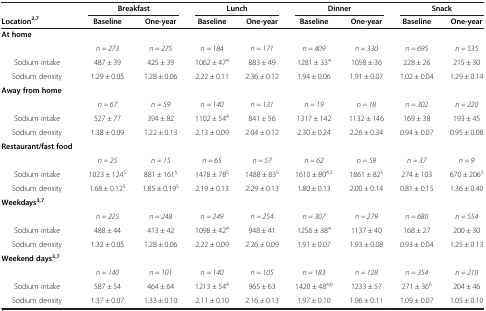
<table><thead><tr><td><b> </b></td><td colspan="2"><b>Breakfast</b></td><td colspan="2"><b>Lunch</b></td><td colspan="2"><b>Dinner</b></td><td colspan="2"><b>Snack</b></td></tr><tr><td><b>Location<sup>2,7</sup></b></td><td><b>Baseline</b></td><td><b>One-year</b></td><td><b>Baseline</b></td><td><b>One-year</b></td><td><b>Baseline</b></td><td><b>One-year</b></td><td><b>Baseline</b></td><td><b>One-year</b></td></tr></thead><tbody><tr><td><b>At home</b></td><td> </td><td> </td><td> </td><td> </td><td> </td><td> </td><td> </td><td> </td></tr><tr><td> </td><td><i>n = 273</i></td><td><i>n = 275</i></td><td><i>n = 184</i></td><td><i>n = 171</i></td><td><i>n = 409</i></td><td><i>n = 330</i></td><td><i>n = 695</i></td><td><i>n = 535</i></td></tr><tr><td>Sodium intake</td><td>487 ± 39</td><td>425 ± 39</td><td>1062 ± 47<sup>4</sup></td><td>883 ± 49</td><td>1281 ± 33<sup>4</sup></td><td>1058 ± 36</td><td>228 ± 26</td><td>215 ± 30</td></tr><tr><td>Sodium density</td><td>1.29 ± 0.05</td><td>1.28 ± 0.06</td><td>2.22 ± 0.11</td><td>2.36 ± 0.12</td><td>1.94 ± 0.06</td><td>1.91 ± 0.07</td><td>1.02 ± 0.04</td><td>1.29 ± 0.14</td></tr><tr><td><b>Away from home</b></td><td> </td><td> </td><td> </td><td> </td><td> </td><td> </td><td> </td><td> </td></tr><tr><td> </td><td><i>n = 67</i></td><td><i>n = 59</i></td><td><i>n = 140</i></td><td><i>n = 131</i></td><td><i>n = 19</i></td><td><i>n = 18</i></td><td><i>n = 302</i></td><td><i>n = 220</i></td></tr><tr><td>Sodium intake</td><td>527 ± 77</td><td>394 ± 82</td><td>1102 ± 54<sup>4</sup></td><td>841 ± 56</td><td>1317 ± 142</td><td>1132 ± 146</td><td>169 ± 38</td><td>193 ± 45</td></tr><tr><td>Sodium density</td><td>1.38 ± 0.09</td><td>1.22 ± 0.13</td><td>2.13 ± 0.09</td><td>2.04 ± 0.12</td><td>2.30 ± 0.24</td><td>2.26 ± 0.34</td><td>0.94 ± 0.07</td><td>0.95 ± 0.08</td></tr><tr><td><b>Restaurant/fast food</b></td><td> </td><td> </td><td> </td><td> </td><td> </td><td> </td><td> </td><td> </td></tr><tr><td> </td><td><i>n = 25</i></td><td><i>n = 15</i></td><td><i>n = 65</i></td><td><i>n = 57</i></td><td><i>n = 62</i></td><td><i>n = 59</i></td><td><i>n = 37</i></td><td><i>n = 9</i></td></tr><tr><td>Sodium intake</td><td>1023 ± 124<sup>5</sup></td><td>881 ± 161<sup>5</sup></td><td>1478 ± 78<sup>5</sup></td><td>1488 ± 83<sup>5</sup></td><td>1610 ± 80<sup>4,5</sup></td><td>1861 ± 82<sup>5</sup></td><td>274 ± 103</td><td>670 ± 206<sup>5</sup></td></tr><tr><td>Sodium density</td><td>1.68 ± 0.12<sup>5</sup></td><td>1.85 ± 0.19<sup>5</sup></td><td>2.19 ± 0.13</td><td>2.29 ± 0.13</td><td>1.80 ± 0.13</td><td>2.00 ± 0.14</td><td>0.81 ± 0.15</td><td>1.36 ± 0.40</td></tr><tr><td><b>Weekdays</b><sup><b>3,7</b></sup></td><td> </td><td> </td><td> </td><td> </td><td> </td><td> </td><td> </td><td> </td></tr><tr><td> </td><td><i>n = 225</i></td><td><i>n = 248</i></td><td><i>n = 249</i></td><td><i>n = 254</i></td><td><i>n = 307</i></td><td><i>n = 279</i></td><td><i>n = 680</i></td><td><i>n = 554</i></td></tr><tr><td>Sodium intake</td><td>488 ± 44</td><td>413 ± 42</td><td>1098 ± 42<sup>4</sup></td><td>948 ± 41</td><td>1256 ± 38<sup>4</sup></td><td>1137 ± 40</td><td>168 ± 27</td><td>200 ± 30</td></tr><tr><td>Sodium density</td><td>1.32 ± 0.05</td><td>1.28 ± 0.06</td><td>2.22 ± 0.09</td><td>2.26 ± 0.09</td><td>1.91 ± 0.07</td><td>1.93 ± 0.08</td><td>0.93 ± 0.04</td><td>1.25 ± 0.13</td></tr><tr><td><b>Weekend days</b><sup><b>3,7</b></sup></td><td> </td><td> </td><td> </td><td> </td><td> </td><td> </td><td> </td><td> </td></tr><tr><td> </td><td><i>n = 140</i></td><td><i>n = 101</i></td><td><i>n = 140</i></td><td><i>n = 105</i></td><td><i>n = 183</i></td><td><i>n = 128</i></td><td><i>n = 354</i></td><td><i>n = 210</i></td></tr><tr><td>Sodium intake</td><td>587 ± 54</td><td>464 ± 64</td><td>1213 ± 54<sup>4</sup></td><td>965 ± 63</td><td>1420 ± 48<sup>4,6</sup></td><td>1233 ± 57</td><td>271 ± 36<sup>6</sup></td><td>204 ± 46</td></tr><tr><td>Sodium density</td><td>1.37 ± 0.07</td><td>1.33 ± 0.10</td><td>2.11 ± 0.10</td><td>2.16 ± 0.13</td><td>1.97 ± 0.10</td><td>1.96 ± 0.11</td><td>1.09 ± 0.07</td><td>1.05 ± 0.10</td></tr></tbody></table>